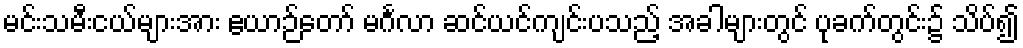
မင်းသမီးငယ်များအား ဧယာဉ်တော် မင်္ဂလာ ဆင်ယင်ကျင်းပသည့် အခါများတွင် ပုခက်တွင်း၌ သိပ်၍